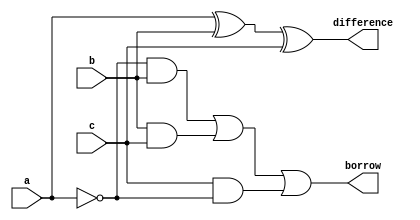
module fullsubtractor(a,b,c,borrow,difference);
    input a,b,c;
    output borrow,difference;
    assign difference = a^b^c;
    assign borrow = ((~a)&b)|(b&c)|(c&(~a));
endmodule